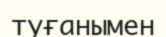
туғанымен